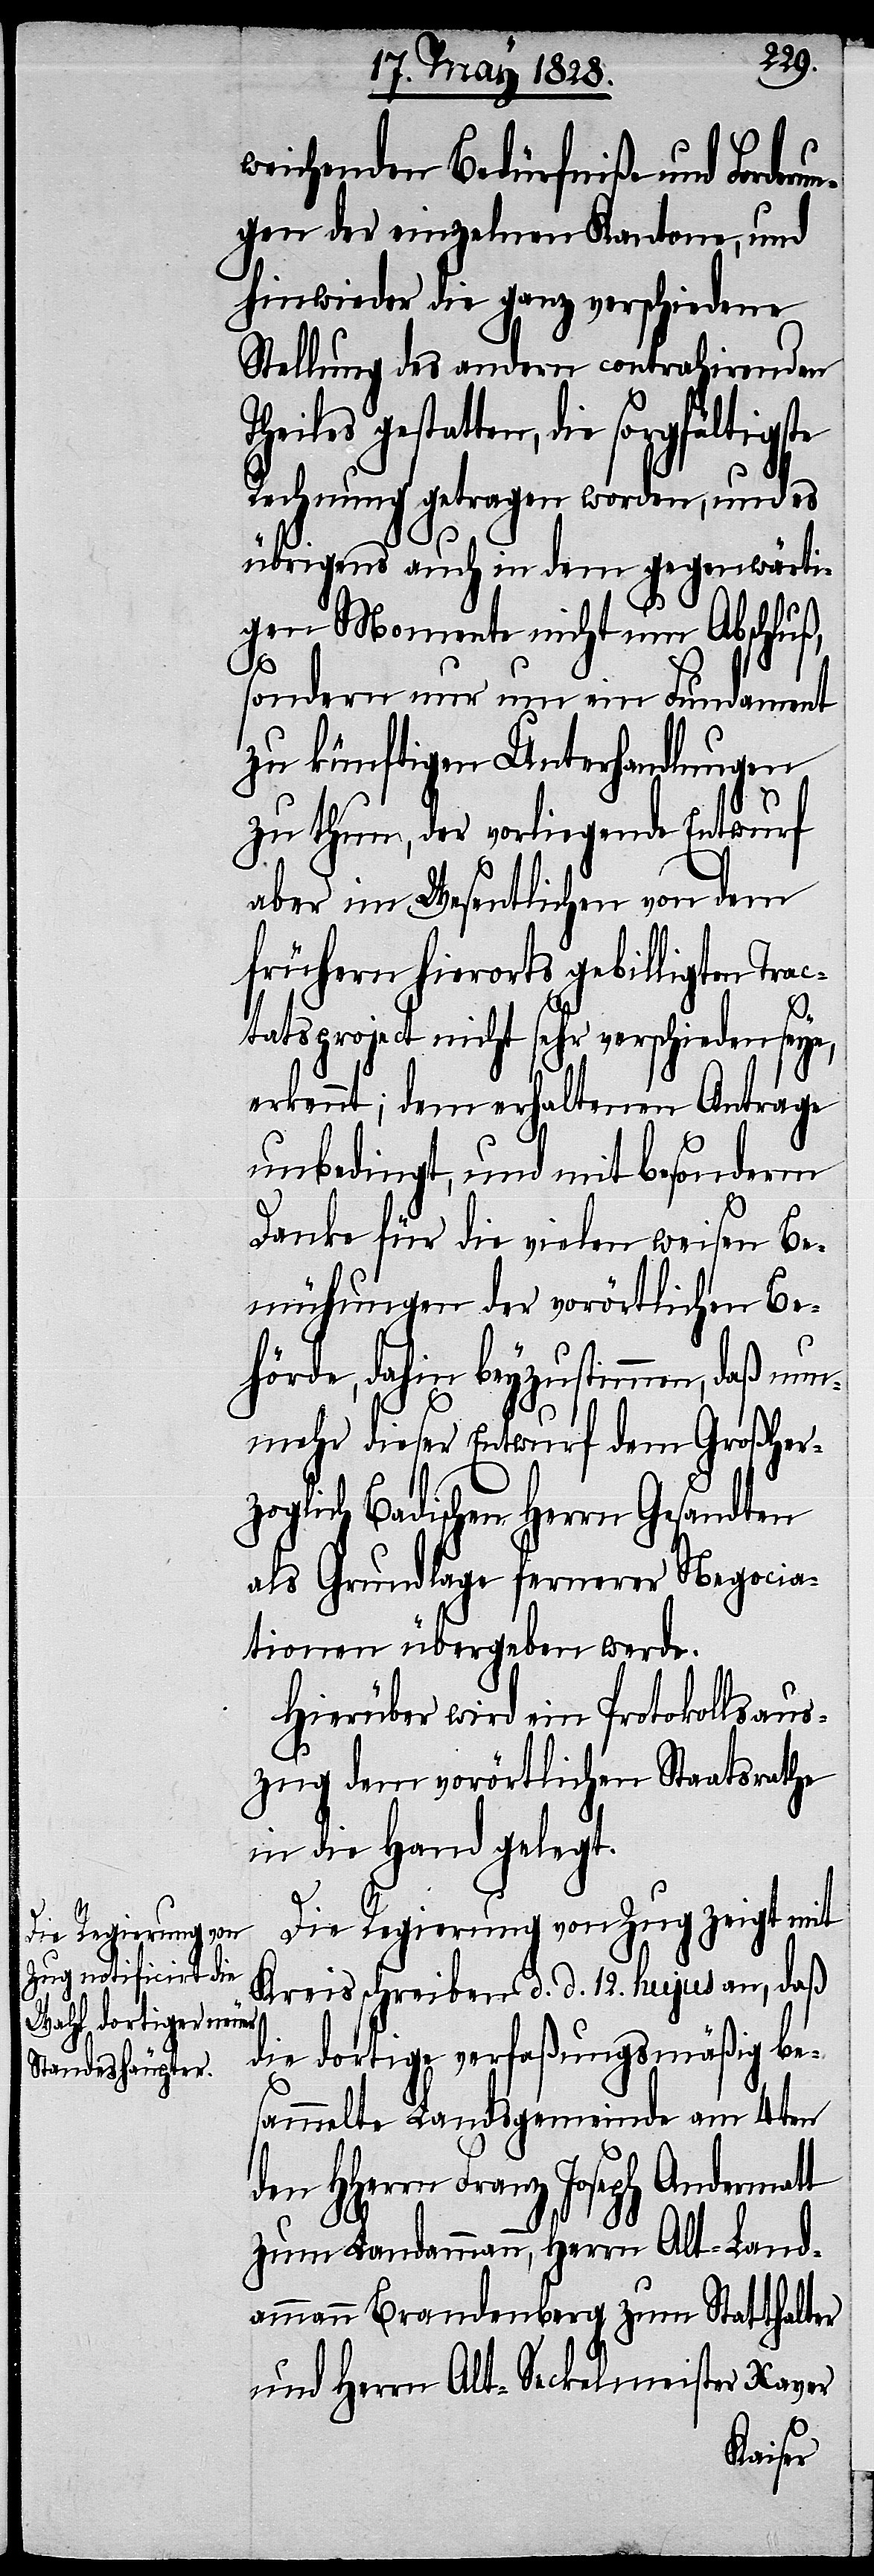
weichenden Bedürfniße und Forderu¬
ngen der einzelnen Kantone, und
hinwieder die ganz verschiedene
Stellung des andern contrahirenden
heiles gestatten, die sorgfältigste
Rechnung getragen worden, und es
übrigens auch in dem gegenwärti¬
gen Momente nicht um Abschluß,
sondern nur um ein Fundament
zu künftigen Unterhandlungen
zu thun, der vorliegende Entwurf
aber im Wesentlichen von dem
frühern hierorts gebilligten Trac¬
T¬
tatsproject nicht sehr verschieden seye,
erkennt; dem erhaltenen Antrage
unbedingt, und mit besonderm
Danke für die vielen weisen Be¬
mühungen der vorörtlichen Be¬
hörde, dahin beyzustimmen, daß nun¬
mehr dieser Entwurf dem Großher¬
zoglich Badischen Herrn Gesandten
als Grundlage fernerer Negocia¬
tionen übergeben werde.
Hierüber wird ein Protokollsaus¬
zug dem vorörtlichen Staatsrathe
in die Hand gelegt.
Die Regierung von Zug zeigt mit
Kreisschreiben d. d. 12. hujus an, daß
die dortige verfaßungsmäßig be¬
sammelte Landsgemeinde am 4ten
den HHerrn Franz Joseph Andermatt
zum Landammann, Herrn Alt-Land¬
ammann Brandenberg zum Statthalter
und Herrn Alt-Seckelmeister Xaver